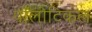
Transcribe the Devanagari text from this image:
पॉलीटिकल